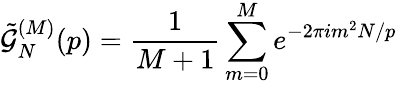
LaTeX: \tilde{\mathcal{G}}_{N}^{(M)}(p)=\frac{1}{M+1}\sum_{m=0}^{M}e^{-2\pi im^{2}N/p}